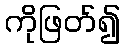
ကိုဖြတ်၍